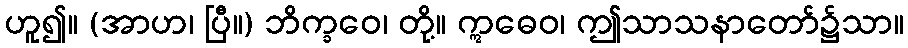
ဟူ၍။ (အာဟ၊ ပြီ။) ဘိက္ခဝေ၊ တို့။ ဣဓေဝ၊ ဤသာသနာတော်၌သာ။